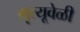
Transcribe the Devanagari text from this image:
मृत्यूवेळी